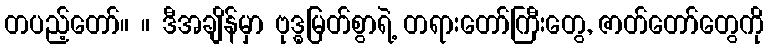
တပည့်တော်။ ။ ဒီအချိန်မှာ ဗုဒ္ဓမြတ်စွာရဲ့ တရားတော်ကြီးတွေ, ဇာတ်တော်တွေကို